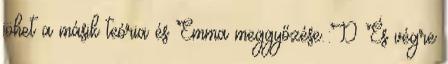
jöhet a másik teória és Emma meggyőzése.:D És végre